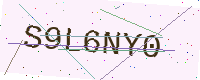
Text: S9L6NY0